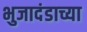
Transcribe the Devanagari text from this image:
भुजादंडाच्या